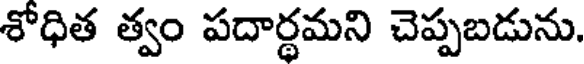
శోధిత త్వం పదార్ధమని చెప్పబడును.